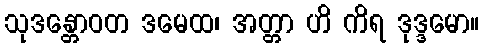
သုဒန္တောဝတ ဒမေထ၊ အတ္တာ ဟိ ကိရ ဒုဒ္ဒမော။